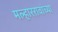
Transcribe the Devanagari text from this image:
मल्हाररावांच्या